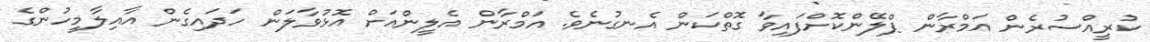
ކުރީއްސުރެން އަމްރާން ޕްލޭންކޮށްފައިވާ ގޮތްކަން އެނގުނެވެ. އަމްރާން އެލީންއަށް އޮޅުވާލަން ހަދައިގެން އާއިލާމީހުންގެ